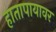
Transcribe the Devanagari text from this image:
हातापायावर